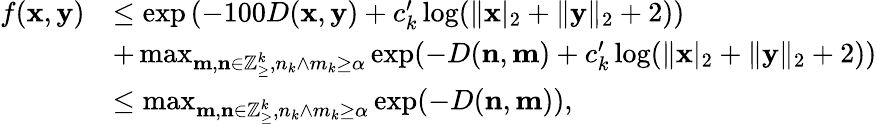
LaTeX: \begin{array}{rl}{f(\mathbf{x},\mathbf{y})}&{\le\exp\left(-100D(\mathbf{x},\mathbf{y})+c_{k}^{\prime}\log(\| \mathbf{x}|_{2}+\| \mathbf{y}\| _{2}+2)\right)}\\ &{+\operatorname*{max}_{\mathbf{m},\mathbf{n}\in\mathbb{Z}_{\ge}^{k},n_{k}\wedge m_{k}\ge\alpha}\exp(-D(\mathbf{n},\mathbf{m})+c_{k}^{\prime}\log(\| \mathbf{x}|_{2}+\| \mathbf{y}\| _{2}+2))}\\ &{\le\operatorname*{max}_{\mathbf{m},\mathbf{n}\in\mathbb{Z}_{\ge}^{k},n_{k}\wedge m_{k}\ge\alpha}\exp(-D(\mathbf{n},\mathbf{m})),}\end{array}